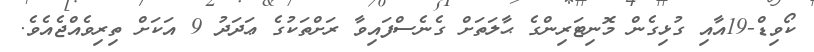
ކޯވިޑް-19އާއި ގުޅިގެން މޮނިޓަރިންގެ ޙާލަތަށް ގެނެސްފައިވާ ރަށްތަކުގެ ޢަދަދު 9 އަކަށް ތިރިވެއްޖެއެވެ.